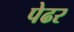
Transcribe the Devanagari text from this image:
पेढर